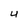
Character: U